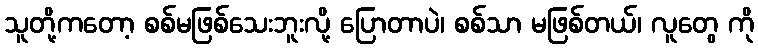
သူတို့ကတော့ စစ်မဖြစ်သေးဘူးလို့ ပြောတာပဲ၊ စစ်သာ မဖြစ်တယ်၊ လူတွေ ကို